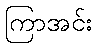
ကြာအင်း